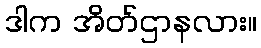
ဒါက အိတ်ဌာနလား။